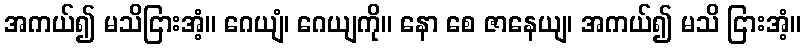
အကယ်၍ မသိငြားအံ့။ ဂေယျံ၊ ဂေယျကို။ နော စေ ဇာနေယျ၊ အကယ်၍ မသိ ငြားအံ့။